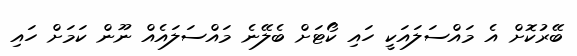
ބޭރުކޮށް އެ މައްސަލައަކީ ހައި ކޯޓަށް ބެލޭނެ މައްސަލައެއް ނޫން ކަމަށް ހައި